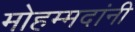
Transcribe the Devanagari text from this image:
मोहम्मदांनी